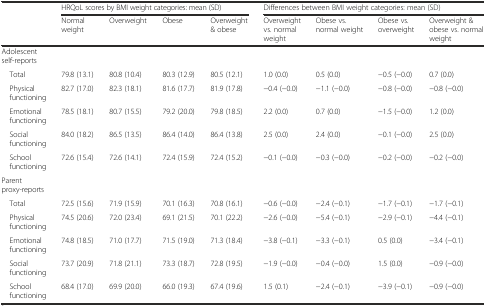
<table><thead><tr><td rowspan="2"></td><td colspan="4"><b>HRQoL scores by BMI weight categories: mean (SD)</b></td><td colspan="4"><b>Differences between BMI weight categories: mean (SD)</b></td></tr><tr><td><b>Normal weight</b></td><td><b>Overweight</b></td><td><b>Obese</b></td><td><b>Overweight &amp; obese</b></td><td><b>Overweight vs. normal weight</b></td><td><b>Obese vs. normal weight</b></td><td><b>Obese vs. overweight</b></td><td><b>Overweight &amp; obese vs. normal weight</b></td></tr></thead><tbody><tr><td>Adolescent self-reports</td><td></td><td></td><td></td><td></td><td></td><td></td><td></td><td></td></tr><tr><td> Total</td><td>79.8 (13.1)</td><td>80.8 (10.4)</td><td>80.3 (12.9)</td><td>80.5 (12.1)</td><td>1.0 (0.0)</td><td>0.5 (0.0)</td><td>−0.5 (−0.0)</td><td>0.7 (0.0)</td></tr><tr><td> Physical functioning</td><td>82.7 (17.0)</td><td>82.3 (18.1)</td><td>81.6 (17.7)</td><td>81.9 (17.8)</td><td>−0.4 (−0.0)</td><td>−1.1 (−0.0)</td><td>−0.8 (−0.0)</td><td>−0.8 (−0.0)</td></tr><tr><td> Emotional functioning</td><td>78.5 (18.1)</td><td>80.7 (15.5)</td><td>79.2 (20.0)</td><td>79.8 (18.5)</td><td>2.2 (0.0)</td><td>0.7 (0.0)</td><td>−1.5 (−0.0)</td><td>1.2 (0.0)</td></tr><tr><td> Social functioning</td><td>84.0 (18.2)</td><td>86.5 (13.5)</td><td>86.4 (14.0)</td><td>86.4 (13.8)</td><td>2.5 (0.0)</td><td>2.4 (0.0)</td><td>−0.1 (−0.0)</td><td>2.5 (0.0)</td></tr><tr><td> School functioning</td><td>72.6 (15.4)</td><td>72.6 (14.1)</td><td>72.4 (15.9)</td><td>72.4 (15.2)</td><td>−0.1 (−0.0)</td><td>−0.3 (−0.0)</td><td>−0.2 (−0.0)</td><td>−0.2 (−0.0)</td></tr><tr><td>Parent proxy-reports</td><td></td><td></td><td></td><td></td><td></td><td></td><td></td><td></td></tr><tr><td> Total</td><td>72.5 (15.6)</td><td>71.9 (15.9)</td><td>70.1 (16.3)</td><td>70.8 (16.1)</td><td>−0.6 (−0.0)</td><td>−2.4 (−0.1)</td><td>−1.7 (−0.1)</td><td>−1.7 (−0.1)</td></tr><tr><td> Physical functioning</td><td>74.5 (20.6)</td><td>72.0 (23.4)</td><td>69.1 (21.5)</td><td>70.1 (22.2)</td><td>−2.6 (−0.0)</td><td>−5.4 (−0.1)</td><td>−2.9 (−0.1)</td><td>−4.4 (−0.1)</td></tr><tr><td> Emotional functioning</td><td>74.8 (18.5)</td><td>71.0 (17.7)</td><td>71.5 (19.0)</td><td>71.3 (18.4)</td><td>−3.8 (−0.1)</td><td>−3.3 (−0.1)</td><td>0.5 (0.0)</td><td>−3.4 (−0.1)</td></tr><tr><td> Social functioning</td><td>73.7 (20.9)</td><td>71.8 (21.1)</td><td>73.3 (18.7)</td><td>72.8 (19.5)</td><td>−1.9 (−0.0)</td><td>−0.4 (−0.0)</td><td>1.5 (0.0)</td><td>−0.9 (−0.0)</td></tr><tr><td> School functioning</td><td>68.4 (17.0)</td><td>69.9 (20.0)</td><td>66.0 (19.3)</td><td>67.4 (19.6)</td><td>1.5 (0.1)</td><td>−2.4 (−0.1)</td><td>−3.9 (−0.1)</td><td>−0.9 (−0.0)</td></tr></tbody></table>